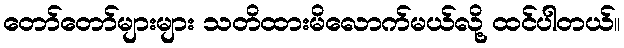
တော်တော်များများ သတိထားမိလောက်မယ်လို့ ထင်ပါတယ်။